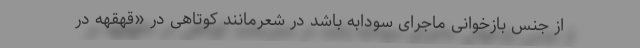
از جنس بازخوانی ماجرای سودابه باشد در شعرمانندِ کوتاهی در «قهقهه در